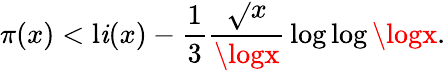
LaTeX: \pi(x)<\operatorname{l\mathit{i}}(x)-{\frac{{1}}{{3}}}{\frac{{\sqrt{}{{x}}}}{{\logx}}}\log\log\logx.